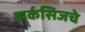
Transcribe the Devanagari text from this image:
झर्कसिजचे